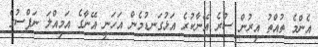
އެންމެ ތުއްތު އިރުން ސުރެ އޭނާކުރެ އަޅުގަނޑުމެން އަހަނީ އޭނާގެ އަމިއްލަ ނަފްސުގެ